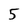
Character: 5